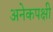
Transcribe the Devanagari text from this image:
अनेकपक्षी